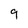
Character: 9